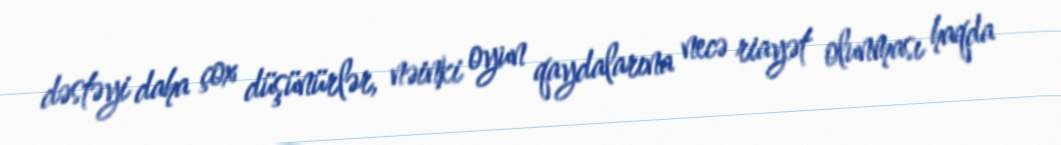
dəstəyi daha çox düşünürlər, nəinki oyun qaydalarına necə riayət olunması haqda